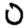
Digit: 0